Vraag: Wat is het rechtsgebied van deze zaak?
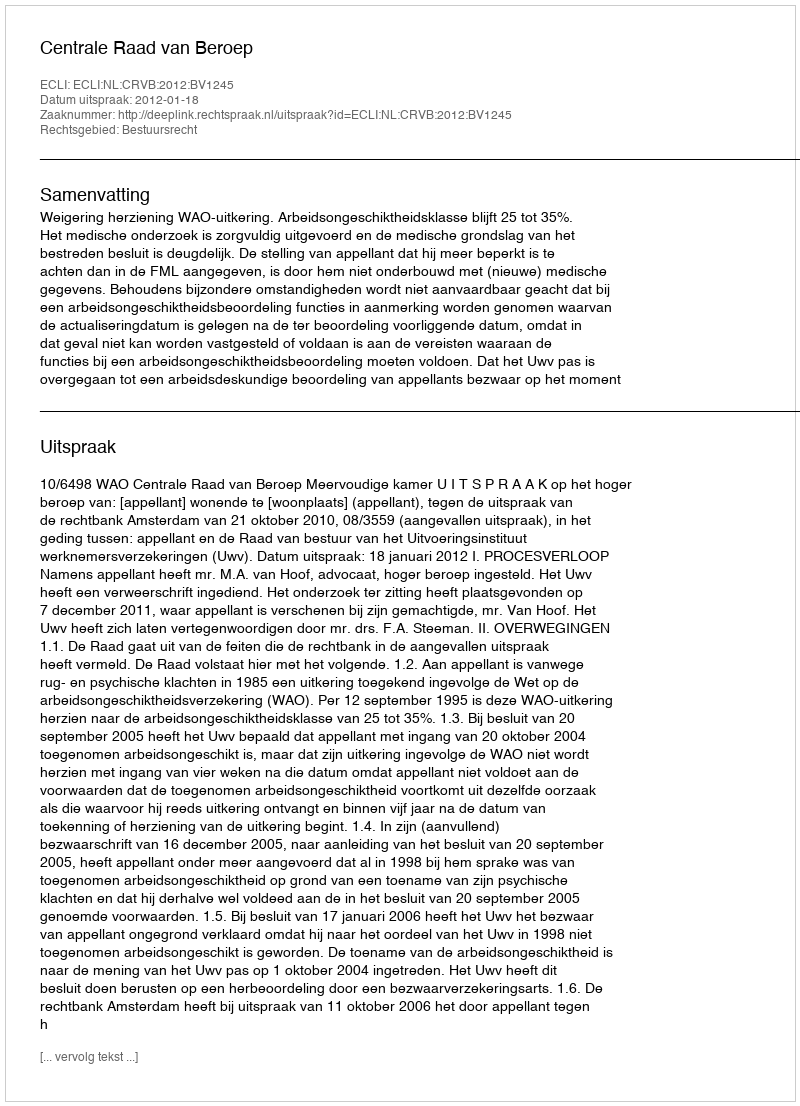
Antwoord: Bestuursrecht